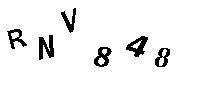
RNV848